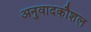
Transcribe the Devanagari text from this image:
अनुवादकौशल